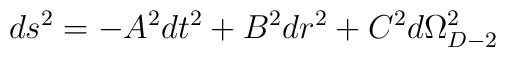
ds^{2}=-A^{2}dt^{2}+B^2dr^{2}+C^2d\Omega_{D-2}^{2}